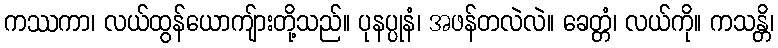
ကဿကာ၊ လယ်ထွန်ယောကျ်ားတို့သည်။ ပုနပ္ပုနံ၊ အဖန်တလဲလဲ။ ခေတ္တံ၊ လယ်ကို။ ကသန္တိ၊